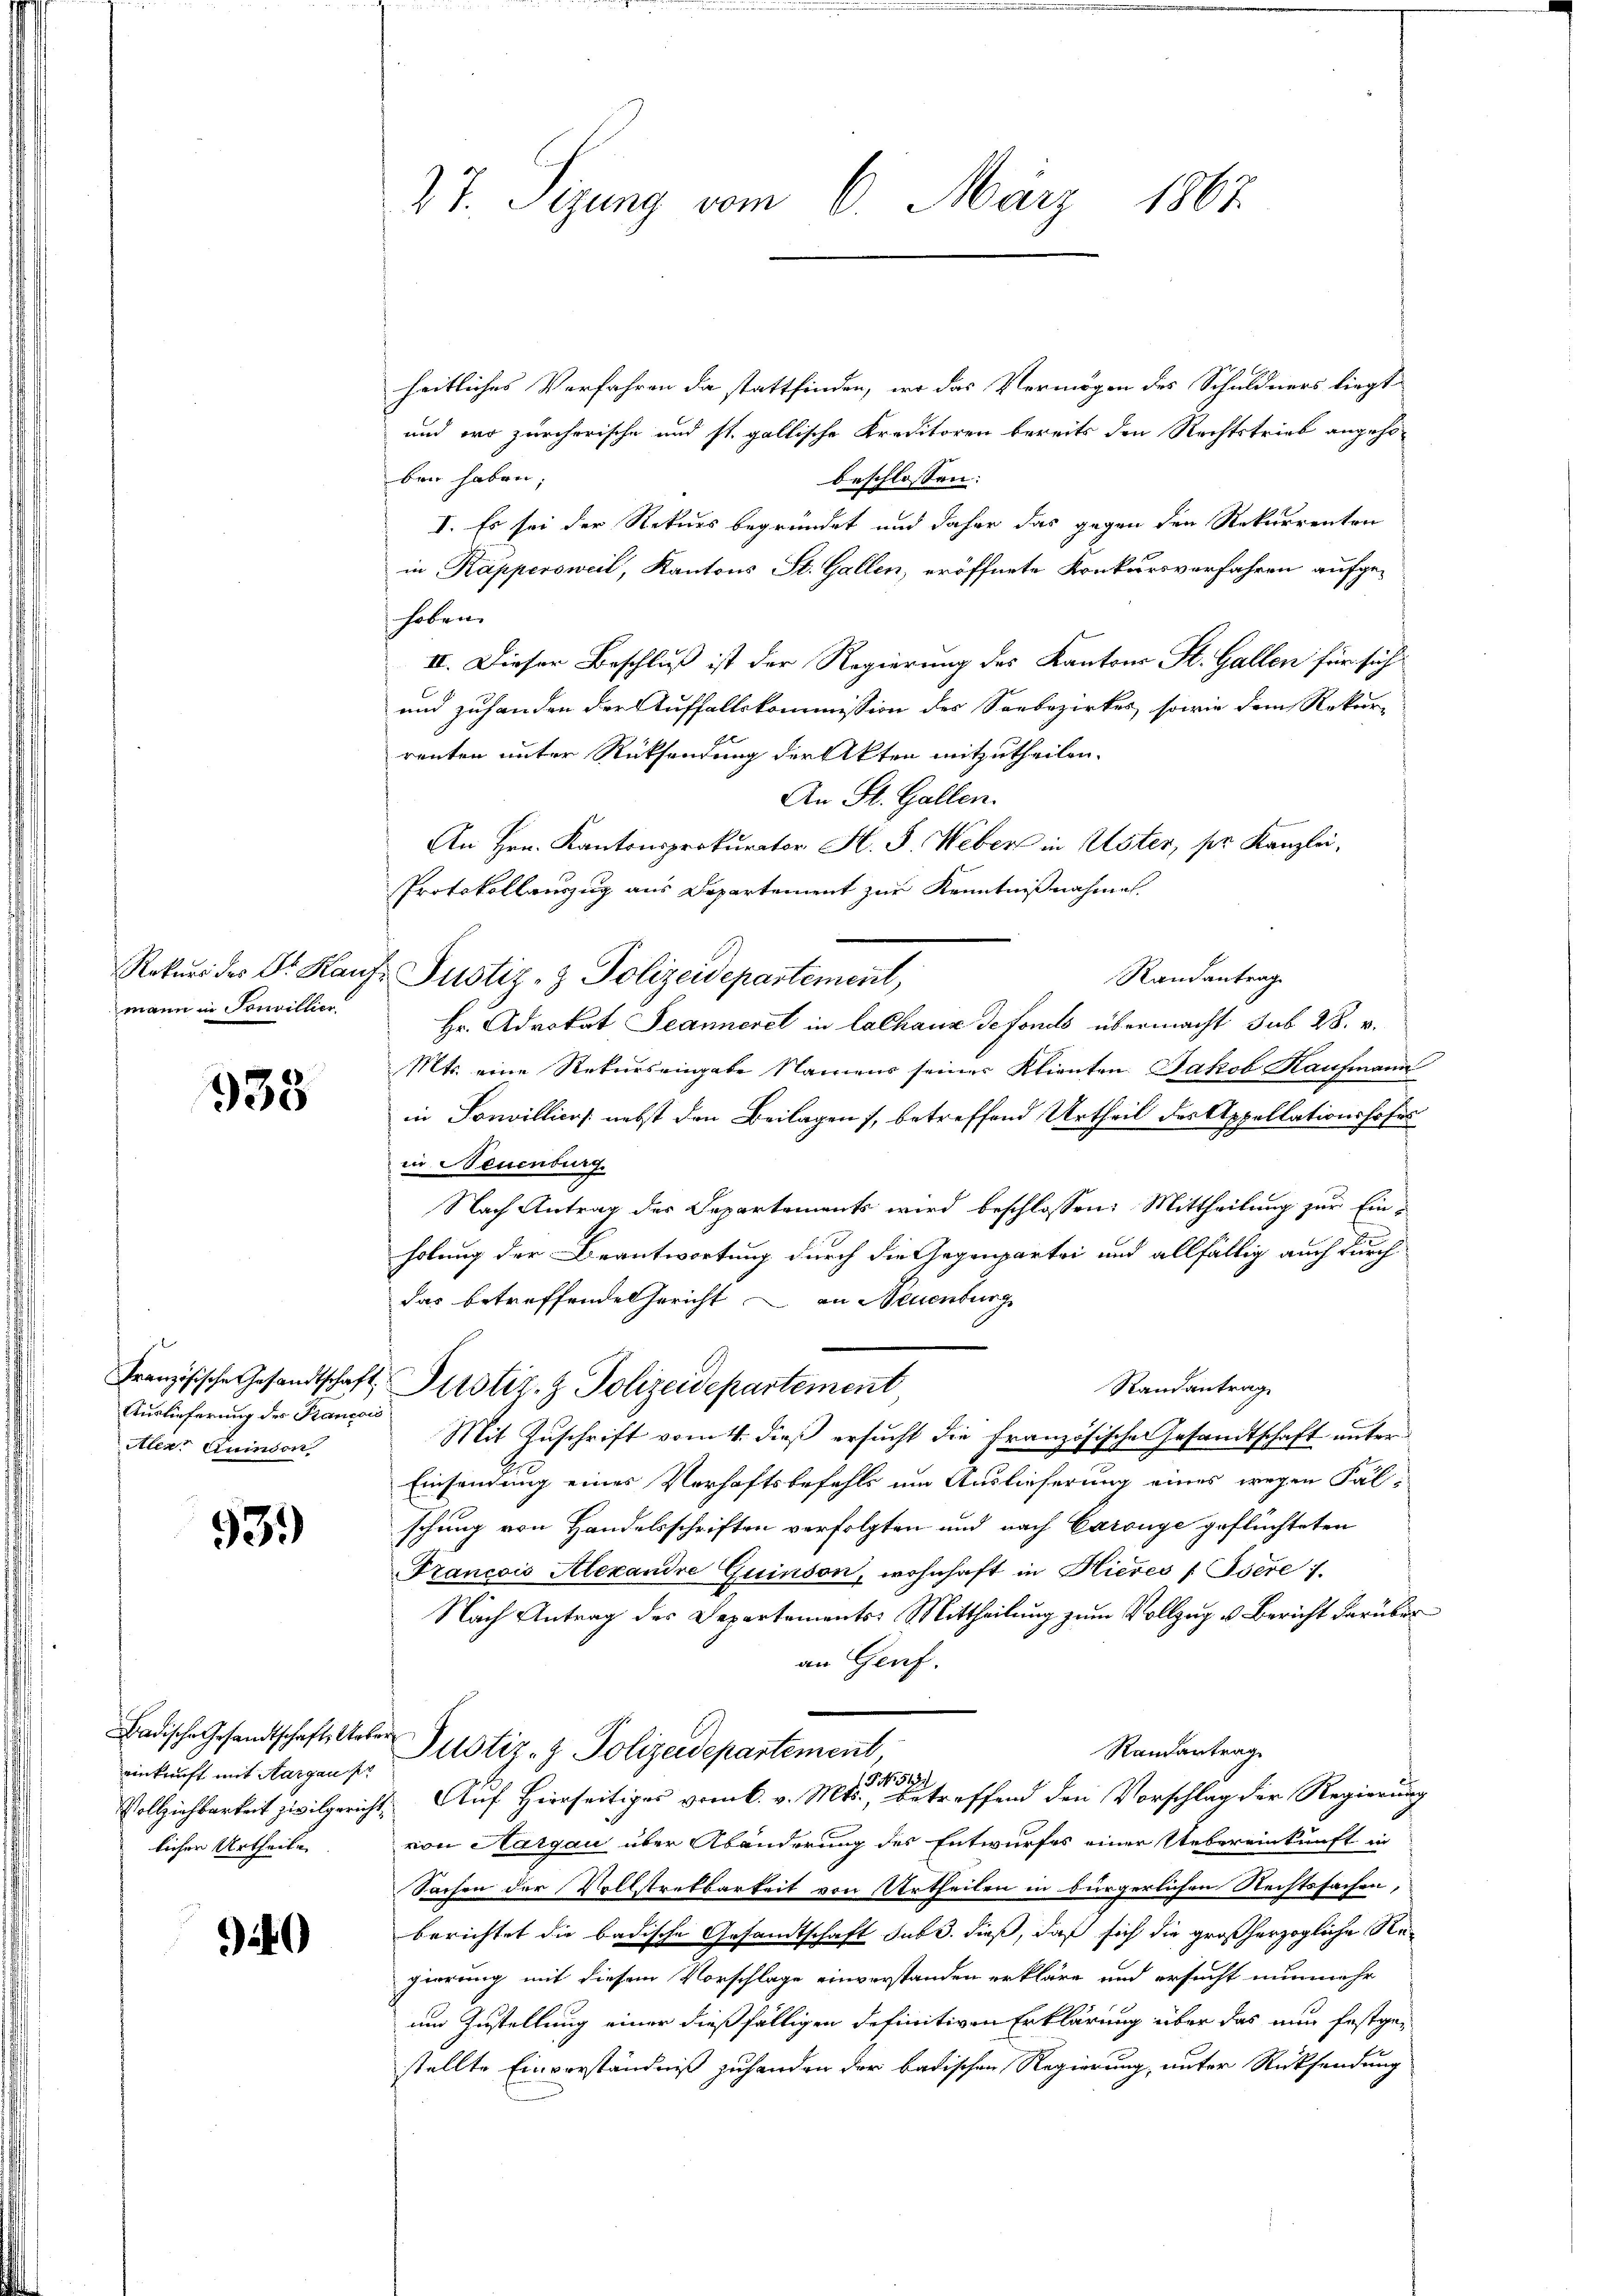
27. Segung vom 6. März 1867

heitliches Verfahren da stattfinden, wo das Vermögen des Schuldners liegt
und wo zürcherische und st. gallische Kreditoren bereits den Rechtstrieb angehöben haben;
beschlossen:
I. Es sei der Rekurs begründet und daher das gegen den Rekurrenten
in Kappersweil, Kantons St. Gallen, eröffnete Konkursverfahren aufge-
hoben.
II. Dieser Beschluß ist der Regierung des Kantons St. Gallen für sich
und zuhanden der Auffallskommission des Soebezirkes, sowie dem Rekur-
renten unter Rücksendung der Akten mitzutheilen.
An St. Gallen.
An Hrn. Kantonsprokurator H. S. Weber in Uster, pr. Kanzlei,
Protokollauszug aus Departement zur Kenntnißnahmen.
Rekurs des Dr. Kaufs Justiz- & Polizeidepartement,
Randantrag
Hr. Advokat Jeannerel in lalhaus defonds übermacht sub 28. v.
Mts. eine Rekurs eingabe Namens seiner Klienten Jakob Kaufmann
in Sonvillicus nebst den Beilagen, betreffend Urtheil des Appellationshofes
in Neuenburg
Nach Antrag des Departements wird beschlossen: Mittheilung zur Ein-
holung der Beantwortung durch die Gegenpartei und allfällig auch durch
das betreffende Gericht in Neuenburg
Französische Gesandtschaft Plustiz- & Polizeidepartement
Randantrag
Mit Zuschrift vom 4. dieß ersucht die französischen Gesandtschaft unter¬
Einsendung eines Verhaftsbefehls um Auslieferung eines wegen Fälschung von Handelsschriften verfolgten und nach Caronye geflüchteten
Francois Alexandre Guinson, wohnhaft in Hieres f Isere i
Nach Antrag des Departements-Mittheilung zum Vollzug u. Bericht darüber
an Genf.
Badische Gesandtschafts Unter Justiz- & Polizeidepartement
Randantrag
Vollziehbarkeit zivilgericht. Auf Herrseitiges vom 6. v. Mts. betreffend den Vorschlag der Regierung
von Aargau über Abänderung des Entwurfes einer Uebereinkunft in
Sachen der Vollstretbarkeit von Urtheilen in bürgerlichen Rechtsfachen,
berichtet die badische Gesandtschaft sub 3. dieß, daß sich die großherzogliche Regierung mit diesem Vorschlage einverstanden erkläre und ersucht nunmehr
um Zustellung einer dießfälligen definitiven Erklärung über das nun festge-
stellte Einverständniß zuhanden der badischen Regierung, unter Rücksendung

mann in Sonnillier

933

Auslieferung des Pancois
Aler: Quinson

93.)

einkunft mit Aargau pr
lichen Urtheilen.

240